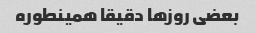
بعضی روزها دقیقا همینطوره